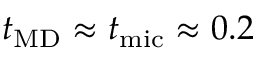
t _ { \mathrm { M D } } \approx t _ { \mathrm { m i c } } \approx 0 . 2